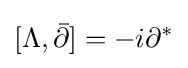
[\Lambda ,{\bar {\partial }}]=-i\partial ^{*}